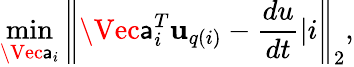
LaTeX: \operatorname*{min}_{\Vec{\mathsf{a}}_{i}}{\left\| \Vec{\mathsf{a}}_{i}^{T}\mathbf{{u}}_{q(i)}-\frac{{du}}{{dt}}|i\right\| _{2}},